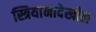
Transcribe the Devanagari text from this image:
स्त्रियांनादेखील